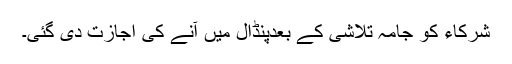
شرکاء کو جامہ تلاشی کے بعدپنڈال میں آنے کی اجازت دی گئی۔